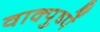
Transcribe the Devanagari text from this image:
वाक्पुष्पें